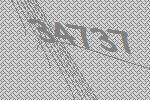
34737